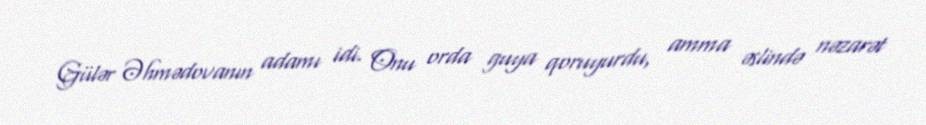
Gülər Əhmədovanın adamı idi. Onu orda guya qoruyurdu, amma əslində nəzarət